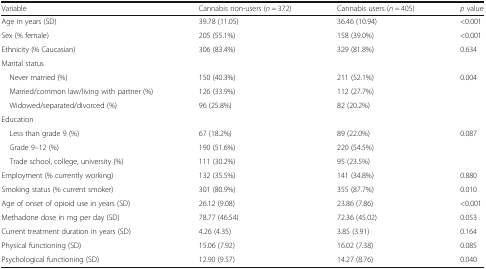
<table><thead><tr><td><b>Variable</b></td><td><b>Cannabis non-users (<i>n</i> = 372)</b></td><td><b>Cannabis users (<i>n</i> = 405)</b></td><td><b><i>p</i> value</b></td></tr></thead><tbody><tr><td>Age in years (SD)</td><td>39.78 (11.05)</td><td>36.46 (10.94)</td><td>&lt;0.001</td></tr><tr><td>Sex (% female)</td><td>205 (55.1%)</td><td>158 (39.0%)</td><td>&lt;0.001</td></tr><tr><td>Ethnicity (% Caucasian)</td><td>306 (83.4%)</td><td>329 (81.8%)</td><td>0.634</td></tr><tr><td colspan="4">Marital status</td></tr><tr><td> Never married (%)</td><td>150 (40.3%)</td><td>211 (52.1%)</td><td>0.004</td></tr><tr><td> Married/common law/living with partner (%)</td><td>126 (33.9%)</td><td>112 (27.7%)</td><td></td></tr><tr><td> Widowed/separated/divorced (%)</td><td>96 (25.8%)</td><td>82 (20.2%)</td><td></td></tr><tr><td colspan="4">Education</td></tr><tr><td> Less than grade 9 (%)</td><td>67 (18.2%)</td><td>89 (22.0%)</td><td>0.087</td></tr><tr><td> Grade 9–12 (%)</td><td>190 (51.6%)</td><td>220 (54.5%)</td><td></td></tr><tr><td> Trade school, college, university (%)</td><td>111 (30.2%)</td><td>95 (23.5%)</td><td></td></tr><tr><td>Employment (% currently working)</td><td>132 (35.5%)</td><td>141 (34.8%)</td><td>0.880</td></tr><tr><td>Smoking status (% current smoker)</td><td>301 (80.9%)</td><td>355 (87.7%)</td><td>0.010</td></tr><tr><td>Age of onset of opioid use in years (SD)</td><td>26.12 (9.08)</td><td>23.86 (7.86)</td><td>&lt;0.001</td></tr><tr><td>Methadone dose in mg per day (SD)</td><td>78.77 (46.54)</td><td>72.36 (45.02)</td><td>0.053</td></tr><tr><td>Current treatment duration in years (SD)</td><td>4.26 (4.35)</td><td>3.85 (3.91)</td><td>0.164</td></tr><tr><td>Physical functioning (SD)</td><td>15.06 (7.92)</td><td>16.02 (7.38)</td><td>0.085</td></tr><tr><td>Psychological functioning (SD)</td><td>12.90 (9.57)</td><td>14.27 (8.76)</td><td>0.040</td></tr></tbody></table>